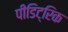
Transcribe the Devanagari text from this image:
पीडिट्रिक